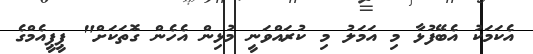
އެކަމަކު އެބޭފުޅާ މި އަމަލު މި ކުރައްވަނީ މުޅިން އެހެން ގޮތަކަށް" ޕީޕީއެމްގެ